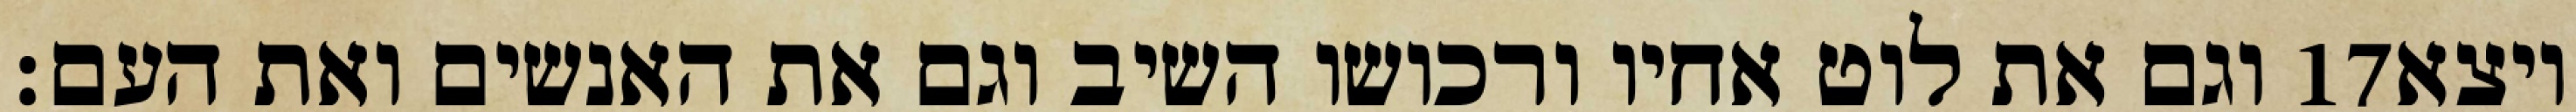
וגם את לוט אחיו ורכושו השיב וגם את האנשים ואת העם׃ ‎17‏ ויצא